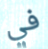
في